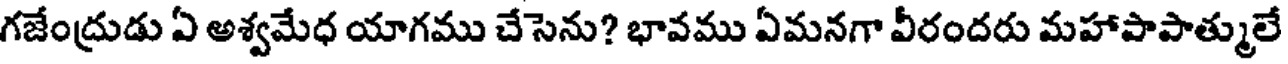
గజేంద్రుడు ఏ అశ్వమేధ యాగము చేసెను? భావము ఏమనగా వీరందరు మహాపాపాత్ములే